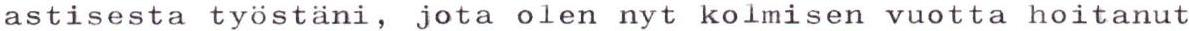
astisesta työstäni, jota olen nyt kolmisen vuotta hoitanut